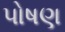
પોષણ